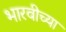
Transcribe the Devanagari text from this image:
भारवीच्या